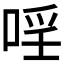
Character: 𱓈